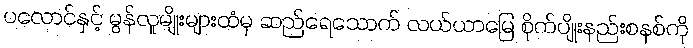
ပလောင်နှင့် မွန်လူမျိုးများထံမှ ဆည်ရေသောက် လယ်ယာမြေ စိုက်ပျိုးနည်းစနစ်ကို